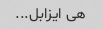
هی ایزابل...